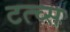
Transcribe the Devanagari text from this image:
टत्च्स